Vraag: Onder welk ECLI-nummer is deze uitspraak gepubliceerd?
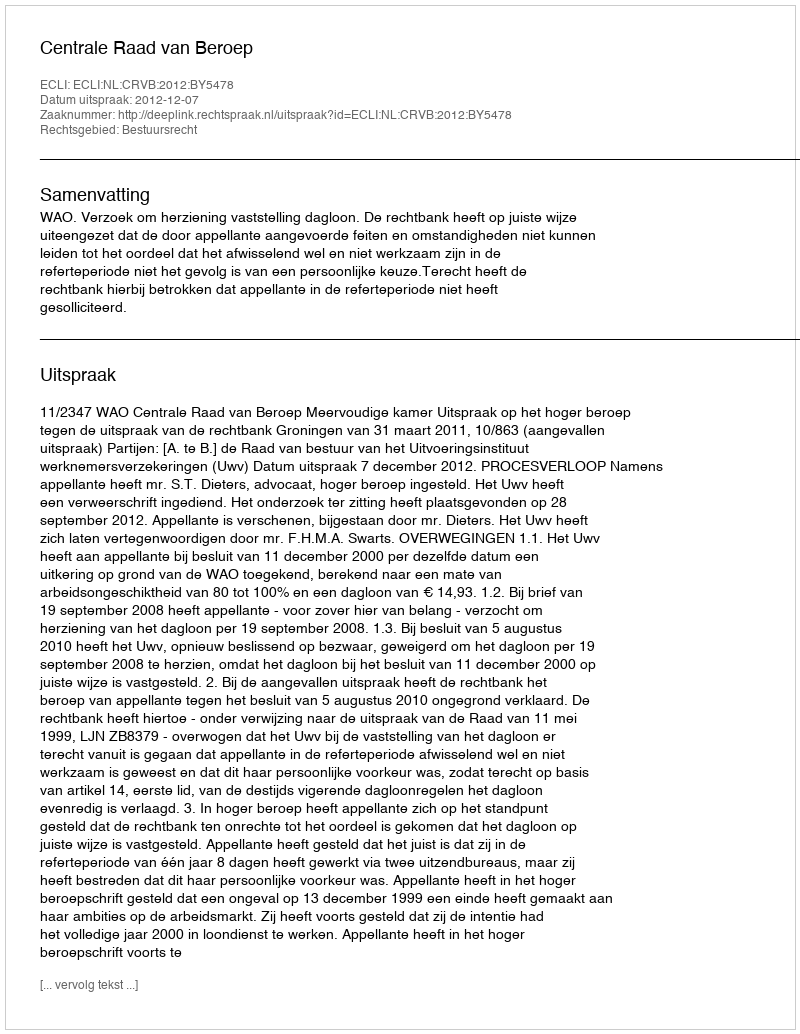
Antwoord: ECLI:NL:CRVB:2012:BY5478